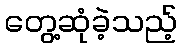
တွေ့ဆုံခဲ့သည့်